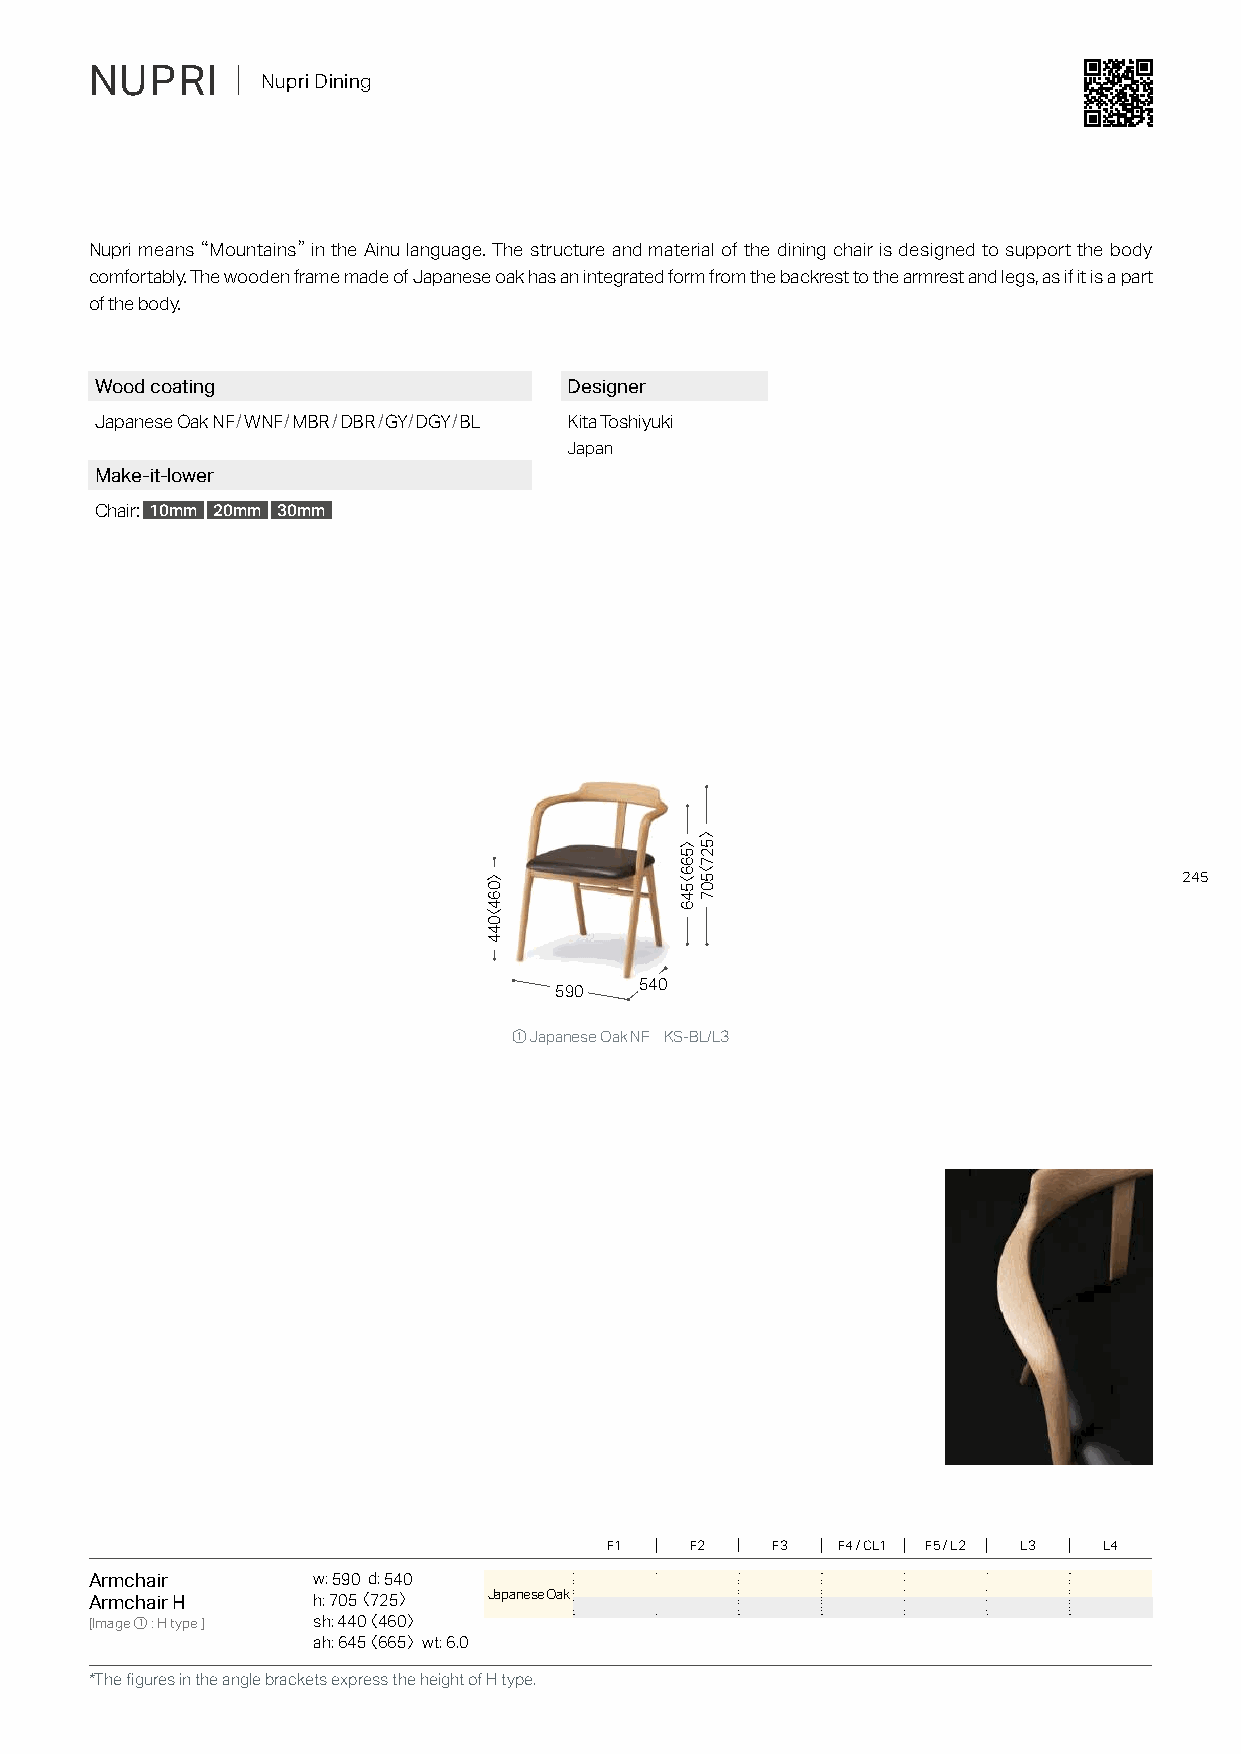
NUPRI    ｜ Nupri Dining
 Nupri means �Mountains� in the Ainu language. The structure and material of the dining chair is designed to support the body
 comfortably. The wooden frame made of Japanese oak has an integrated form from the backrest to the armrest and legs, as if it is a part
 of the body.
 Wood coating                    Designer
 Japanese Oak NF/WNF/MBR/DBR/GY/DGY/BL Kita Toshiyuki
 Japan
 Make-it-lower
 Chair: 10mm 20mm 30mm
 245
 540
 590
 ① Japanese Oak NF KS-BL/L3
 F1    F2   F3  F4 / CL1 F5 / L2 L3 L4
 Armchair       w: 590 d: 540
 Armchair H     h: 705〈 725〉 Japanese Oak
 [Image①: H type ] sh: 440〈 460〉
 ah: 645〈 665〉 wt: 6.0
 *The figures in the angle brackets express the height of H type.
 〉064〈044
 〉566〈546
 〉527〈507